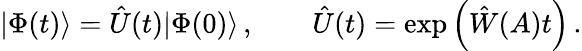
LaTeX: |\Phi(t)\rangle=\hat{U}(t)|\Phi(0)\rangle\, ,\qquad\hat{U}(t)=\exp\left(\hat{W}(A)t\right)\, .